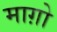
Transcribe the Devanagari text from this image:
माग़ो